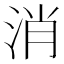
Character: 消